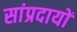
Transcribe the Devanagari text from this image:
सांप्रदायों